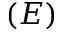
( E )